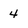
Character: 4